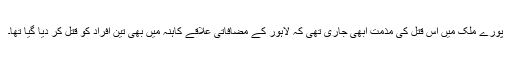
پورے ملک میں اس قتل کی مذمت ابھی جاری تھی کہ لاہور کے مضافاتی علاقے کاہنہ میں بھی تین افراد کو قتل کر دیا گیا تھا۔